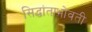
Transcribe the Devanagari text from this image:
सिद्धांताभोवती